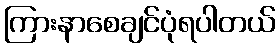
ကြားနာစေချင်ပုံရပါတယ်